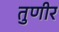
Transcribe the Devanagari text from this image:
तुणीर